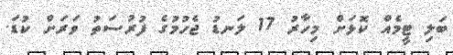
ބަލި ޓީމެއް ކޮޅަށް މިހާރު 17 ލަނޑު ޖެހުމުގެ ފުރުސަތު ވަރަށް ކުޑަ.